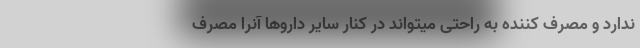
ندارد و مصرف کننده به راحتی میتواند در کنار سایر داروها آنرا مصرف